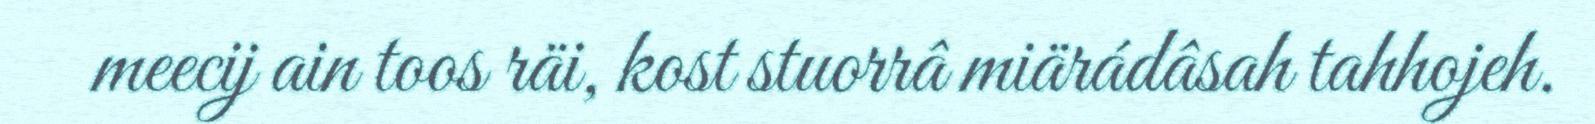
meecij ain toos räi, kost stuorrâ miärádâsah tahhojeh.